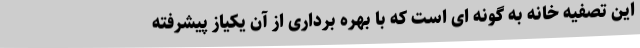
این تصفیه خانه به گونه ای است که با بهره برداری از آن یکیاز پیشرفته